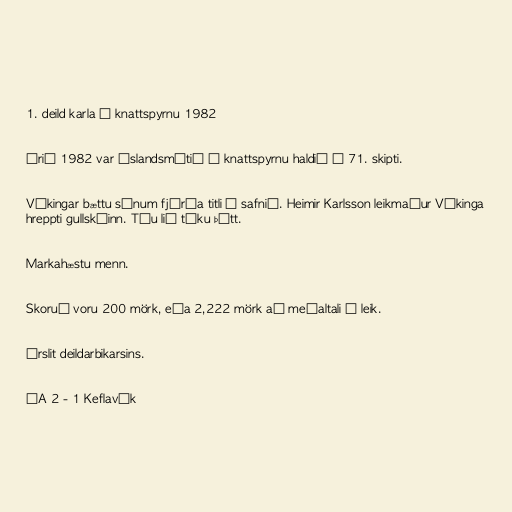
1. deild karla í knattspyrnu 1982

Árið 1982 var Íslandsmótið í knattspyrnu haldið í 71. skipti.

Víkingar bættu sínum fjórða titli í safnið. Heimir Karlsson leikmaður Víkinga
hreppti gullskóinn. Tíu lið tóku þátt.

Markahæstu menn.

Skoruð voru 200 mörk, eða 2,222 mörk að meðaltali í leik.

Úrslit deildarbikarsins.

ÍA 2 - 1 Keflavík